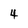
Character: 4